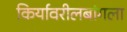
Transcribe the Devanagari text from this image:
किर्यावरीलबांगला